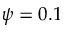
\psi = 0 . 1